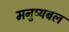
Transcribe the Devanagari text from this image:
मनुष्यबल